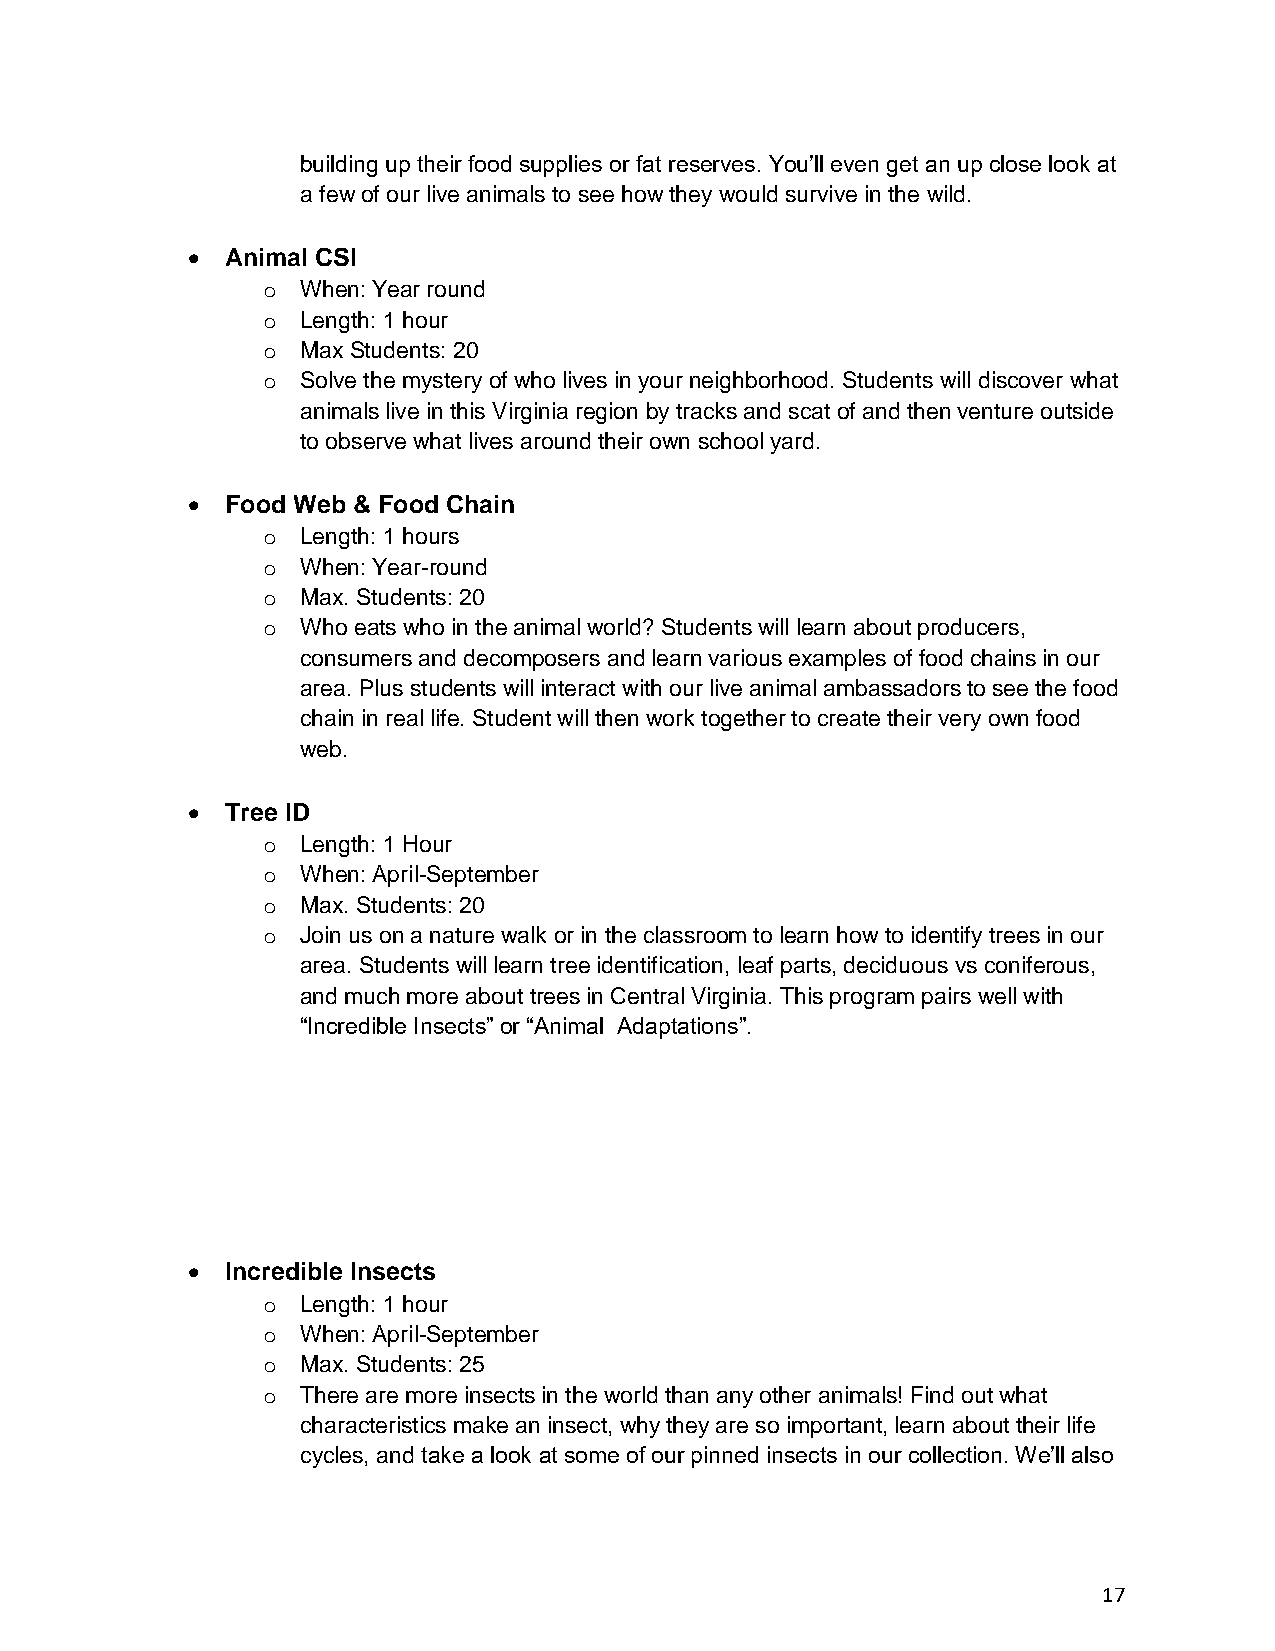
building up their food supplies or fat reserves. You’ll even get an up close look at
 a few of our live animals to see how they would survive in the wild.
 •  Animal CSI
 o  When: Year round
 o  Length: 1 hour
 o  Max Students: 20
 o  Solve the mystery of who lives in your neighborhood. Students will discover what
 animals live in this Virginia region by tracks and scat of and then venture outside
 to observe what lives around their own school yard.
 •  Food Web & Food Chain
 o  Length: 1 hours
 o  When: Year-round
 o  Max. Students: 20
 o  Who eats who in the animal world? Students will learn about producers,
 consumers and decomposers and learn various examples of food chains in our
 area. Plus students will interact with our live animal ambassadors to see the food
 chain in real life. Student will then work together to create their very own food
 web.
 •  Tree ID
 o  Length: 1 Hour
 o  When: April-September
 o  Max. Students: 20
 o  Join us on a nature walk or in the classroom to learn how to identify trees in our
 area. Students will learn tree identification, leaf parts, deciduous vs coniferous,
 and much more about trees in Central Virginia. This program pairs well with
 “Incredible Insects” or “Animal Adaptations”.
 •  Incredible Insects
 o  Length: 1 hour
 o  When: April-September
 o  Max. Students: 25
 o  There are more insects in the world than any other animals! Find out what
 characteristics make an insect, why they are so important, learn about their life
 cycles, and take a look at some of our pinned insects in our collection. We’ll also
 17